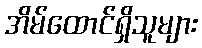
အိမ်ထောင်ရှိသူများ